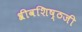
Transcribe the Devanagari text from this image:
श्रीवशिष्ठजी